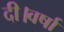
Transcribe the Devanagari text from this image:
दी।वर्षा